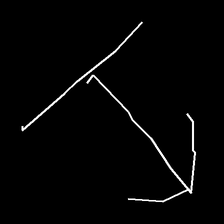
Glyph: levitation